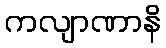
ကလျာဏာနိ